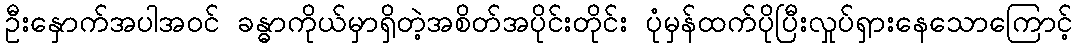
ဦးနှောက်အပါအဝင် ခန္ဓာကိုယ်မှာရှိတဲ့အစိတ်အပိုင်းတိုင်း ပုံမှန်ထက်ပိုပြီးလှုပ်ရှားနေသောကြောင့်